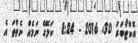
އޮކްޓޯބަރު 30